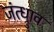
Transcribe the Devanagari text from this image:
जंत्ध्रुाव